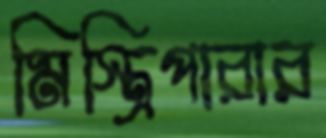
মিস্ত্রিপারার